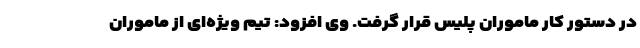
در دستور کار ماموران پلیس قرار گرفت. وی افزود: تیم ویژه‌ای از ماموران